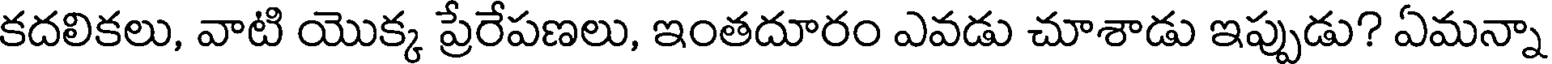
కదలికలు, వాటి యొక్క ప్రేరేపణలు, ఇంతదూరం ఎవడు చూశాడు ఇప్పుడు? ఏమన్నా